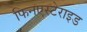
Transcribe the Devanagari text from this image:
फिनएस्टेराइड